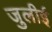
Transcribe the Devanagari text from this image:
जुलीई